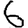
Digit: 6